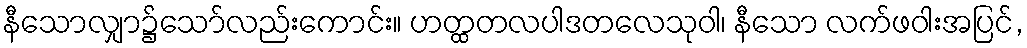
နီသောလျှာ၌သော်လည်းကောင်း။ ဟတ္ထတလပါဒတလေသုဝါ၊ နီသော လက်ဖဝါးအပြင်,